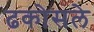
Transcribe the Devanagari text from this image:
ढकोसले